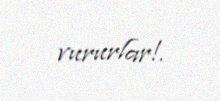
vururlar!.